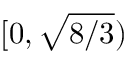
[ 0 , \sqrt { 8 / 3 } )